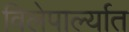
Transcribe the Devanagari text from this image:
विलेपार्ल्यात